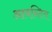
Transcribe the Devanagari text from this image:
आबन्टित